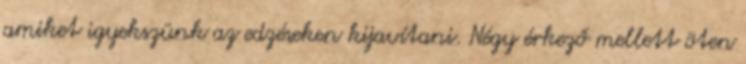
amiket igyekszünk az edzéseken kijavítani. Négy érkező mellett öten